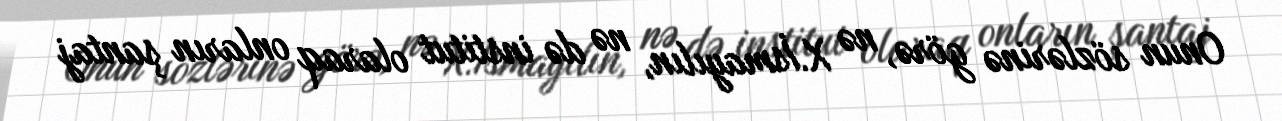
Onun sözlərinə görə, nə X.İsmayılın, nə də institut olaraq onların şantaj